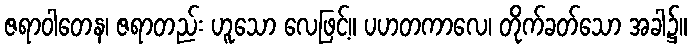
ဇရာဝါတေန၊ ဇရာတည်း ဟူသော လေဖြင့်။ ပဟတကာလေ၊ တိုက်ခတ်သော အခါ၌။